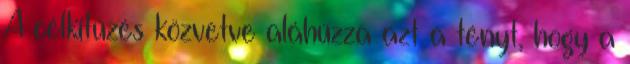
A célkitűzés közvetve aláhúzza azt a tényt, hogy a